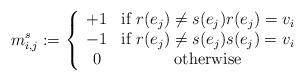
LaTeX: \begin{align*}m^s_{i,j}:= \left\{ \begin{array}{cc} +1 & \hbox{if } r(e_j) \not= s(e_j) r(e_j) = v_i \\ -1 & \hbox{if }r(e_j) \not= s(e_j) s(e_j) = v_i \\ 0 & \hbox{otherwise} \end{array} \right.\end{align*}